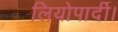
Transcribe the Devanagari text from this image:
लियोपार्दी।